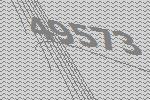
49573